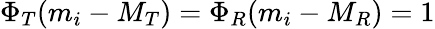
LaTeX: \Phi_{T}(m_{i}-M_{T})=\Phi_{R}(m_{i}-M_{R})=1